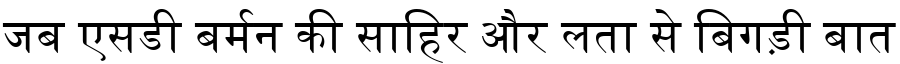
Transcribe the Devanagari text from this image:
जब एसडी बर्मन की साहिर और लता से बिगड़ी बात